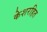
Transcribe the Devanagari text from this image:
केशरहित